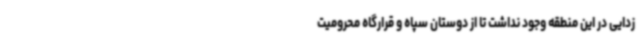
زدایی در این منطقه وجود نداشت تا از دوستان سپاه و قرارگاه محرومیت